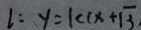
l : y = 1 c ( x + \sqrt { 3 }